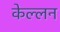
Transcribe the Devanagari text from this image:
केल्लन